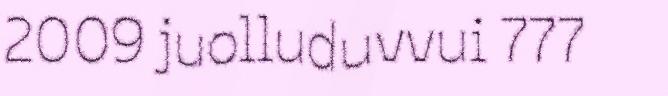
2009 juolluduvvui 777